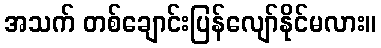
အသက် တစ်ချောင်းပြန်လျော်နိုင်မလား။